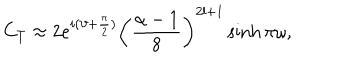
C _ { T } \approx 2 e ^ { i ( \vartheta + \frac { \pi } { 2 } ) } \left( \frac { \alpha - 1 } { 8 } \right) ^ { 2 l + 1 } \sinh \pi \omega ,